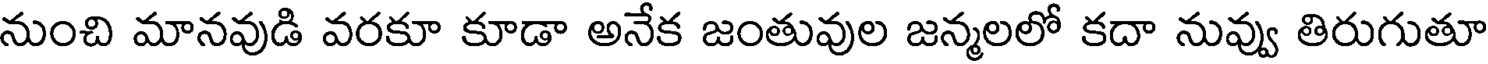
నుంచి మానవుడి వరకూ కూడా అనేక జంతువుల జన్మలలో కదా నువ్వు తిరుగుతూ